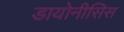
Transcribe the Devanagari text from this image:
डायोनीसिस